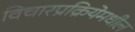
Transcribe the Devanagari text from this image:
विचारप्रक्रियेमधील